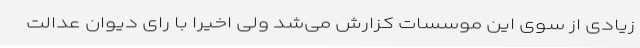
زیادی از سوی این موسسات کزارش می‌شد ولی اخیراً با رای دیوان عدالت